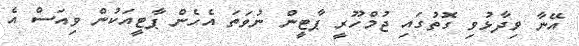
އޭނާ ވިދާޅުވި ގޮތުގައި ޖުމްހޫރީ ޕާޓީން ނުވަތަ އެހެން ޕާޓީއަކުން ވިއަސް އެ